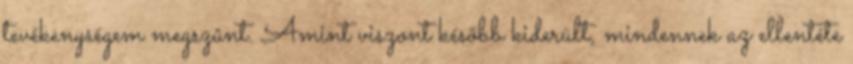
tevékenységem megszûnt. Amint viszont késõbb kiderült, mindennek az ellentéte